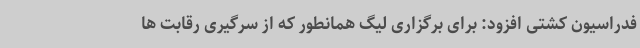
فدراسیون کشتی افزود: برای برگزاری لیگ همانطور که از سرگیری رقابت ها